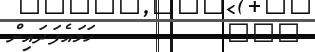
١٠٥         ހަމައެފަދައިން